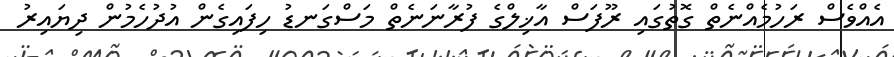
އެއްވެސް ރަހުމެއްނެތް ގޮތުގައި ރޫފަސް އާޚިލްގެ ފުރާނަނެތް މަސްގަނޑު ހިފައިގެން އުދުހެމުން ދިޔައިރު